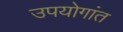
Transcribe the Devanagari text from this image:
उपयोगांत